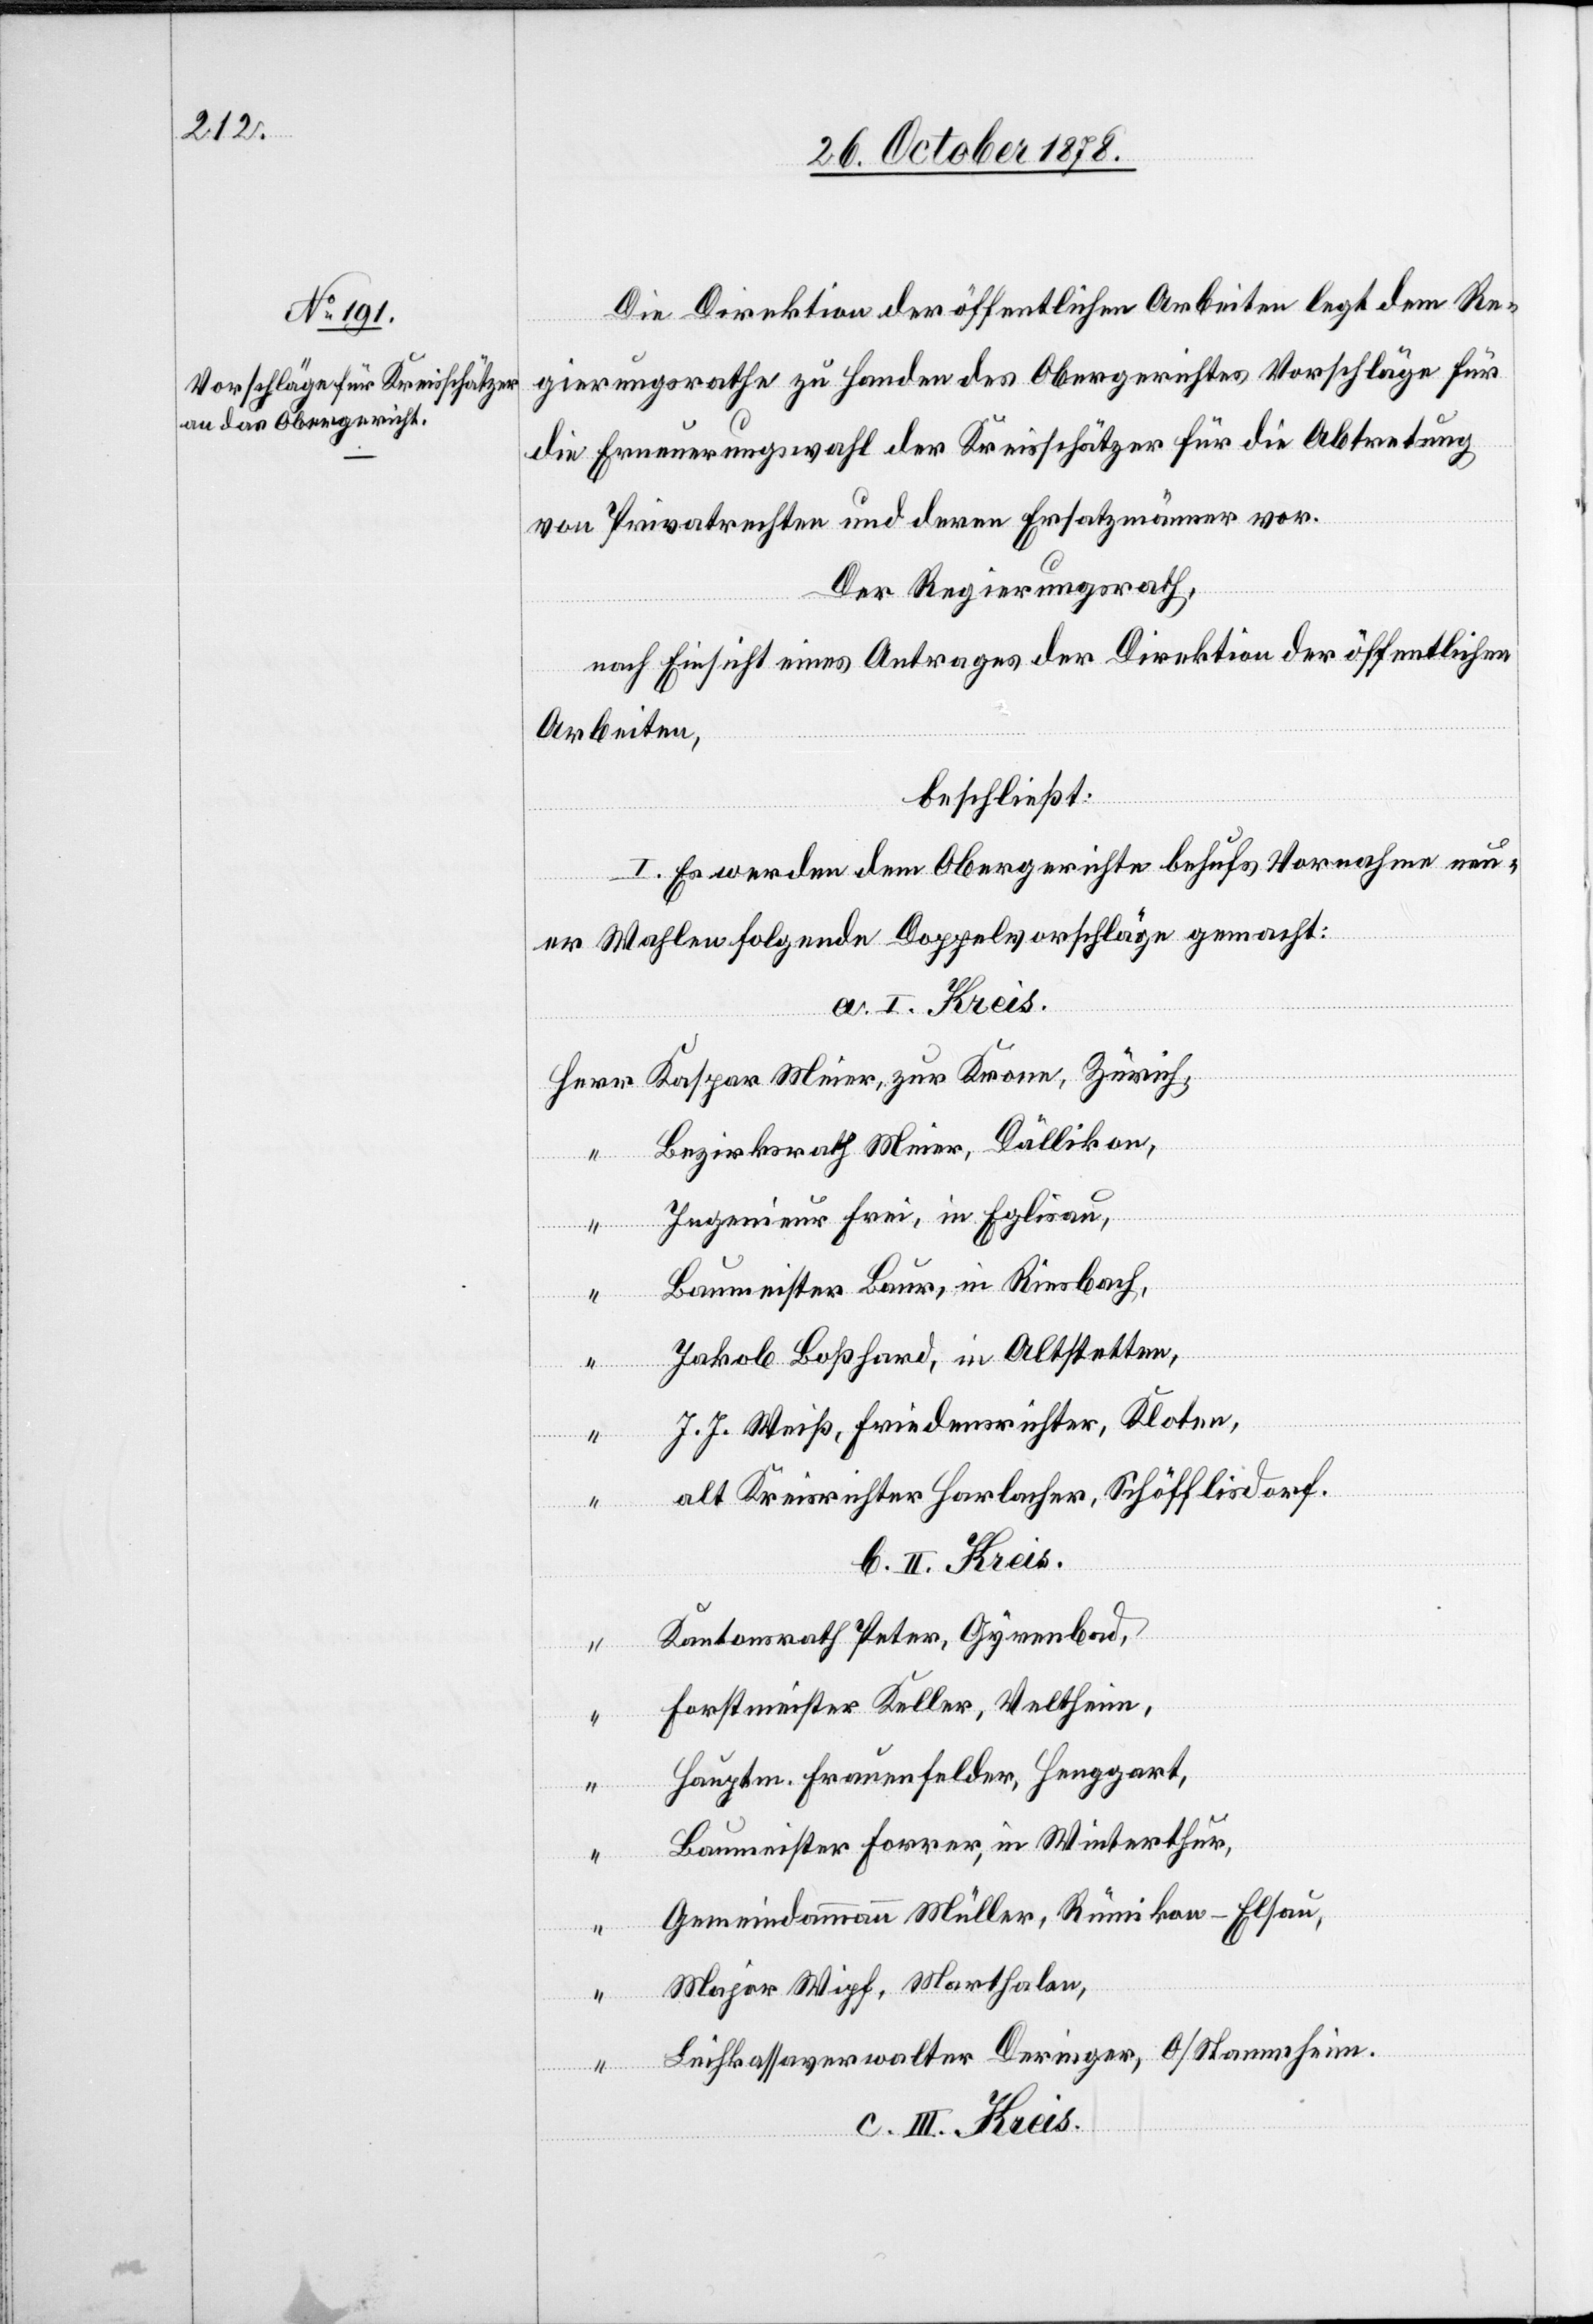
Die Direktion der öffentlichen Arbeiten legt dem Re¬
gierungsrathe zu Handen des Obergerichtes Vorschläge für
die Erneuerungswahl der Kreisschätzer für die Abtretung
von Privatrechten und deren Ersatzmänner vor.
Der Regierungsrath,
nach Einsicht eines Antrages der Direktion der öffentlichen
Arbeiten,
beschließt:
I. Es werden dem Obergerichte behufs Vornahme neu¬
er Wahlen folgende Doppelvorschläge gemacht:
Herr Kaspar Meier, zur Krone, Zürich,
Bezirksrath Meier, Dällikon,
Ingenieur Frei, in Eglisau,
“
Baumeister Baur, in Riesbach,
Jakob Boßhard, in Altstetten,
“
J. J. Weiß, Friedensrichter, Kloten,
alt Kreisrichter Harlacher, Schöfflisdorf.
b. II. Kreis.
Kantonsrath Peter, Gyrenbad,
“
Forstmeister Keller, Veltheim,
Hauptm. Frauenfelder, Henggart,
Baumeister Forrer, in Winterthur,
Gemeindeammann Müller, Rümikon - Elsau,
Major Wipf, Marthalen,
Leihkassaverwalter Deringer, O/Stammheim.
c. III. Kreis.